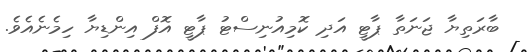
ބާރަތިޔާ ޖަނަތާ ޕާޓީ އަދި ކޮމިއުނިސްޓު ޕާޓީ އޮފް އިންޑިޔާ ހިމެނެއެވެ.